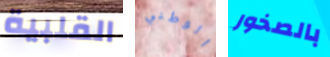
القلبية الوطني بالصخور